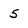
Character: 5